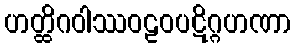
ဟတ္ထိဂဝါဿဝဠဝပဋိဂ္ဂဟဏာ